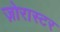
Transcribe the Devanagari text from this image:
ज़ोरास्टर